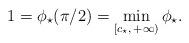
LaTeX: \begin{align*}1=\phi_\star(\pi/2)=\min_{[c_\star,\,+\infty)} \phi_\star.\end{align*}